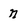
Character: n